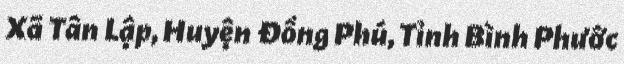
Xã Tân Lập, Huyện Đồng Phú, Tỉnh Bình Phước